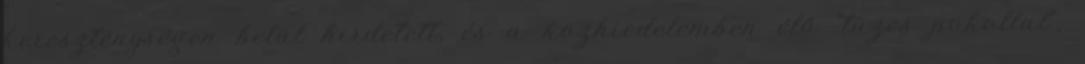
kereszténységen belül hirdetett, és a közhiedelemben élő "tüzes pokollal",